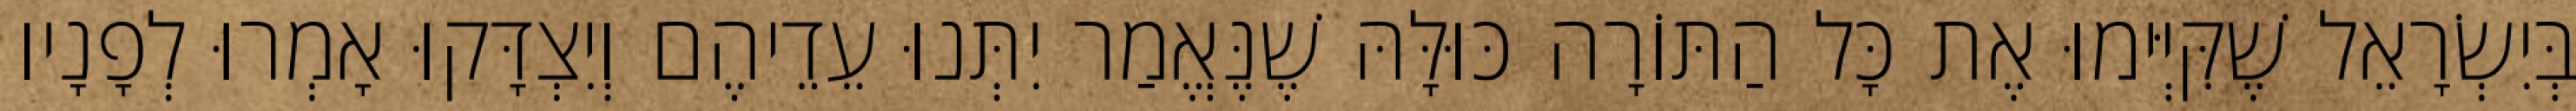
בְּיִשְׂרָאֵל שֶׁקִּיְּימוּ אֶת כָּל הַתּוֹרָה כּוּלָּהּ שֶׁנֶּאֱמַר יִתְּנוּ עֵדֵיהֶם וְיִצְדָּקוּ אָמְרוּ לְפָנָיו